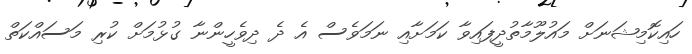
ހައިކޮމިޝަނަށް މައުލޫމާތުދީފައިވާ ކަމަށާއި ނަމަވެސް އެ ދެ ދިވެހީންނާ ގުޅުމަށް ކުރި މަސައްކަތް